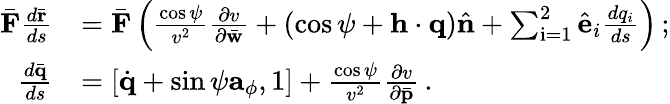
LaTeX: \begin{array}{rl}{\bar{\mathbf F}\frac{d\bar{\mathbf r}}{ds}}&{=\bar{\mathbf F}\left(\frac{\cos\psi}{v^{2}}\frac{\partial v}{\partial\bar{\mathbf w}}+(\cos\psi+{\mathbf h}\cdot{\mathbf q})\hat{\mathbf n}+\sum_{\mathrm{i}=1}^{2}\hat{\mathbf e}_{i}\frac{dq_{i}}{ds}\right)\, ;}\\ {\frac{d\bar{\mathbf q}}{ds}}&{=\left[\dot{\mathbf q}+\sin\psi{\mathbf a}_{\phi},1\right]+\frac{\cos\psi}{v^{2}}\frac{\partial v}{\partial\bar{\mathbf p}}\, .}\end{array}